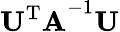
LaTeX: \mathbf{U^{\mathrm{T}}A}^{-1}\mathbf{U}